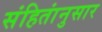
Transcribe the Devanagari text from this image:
संहितांनुसार